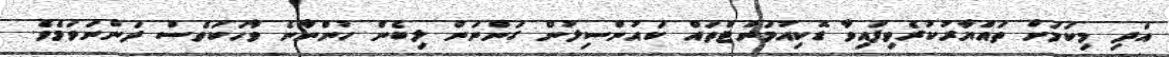
އަދި މިކަމަށް ތައްޔާރުކުރެވިފައިވާ ޑޮކިއުމަންޓްތައް ކައުންސިލުން ގަންނަން ލިބެން ހުންނާނެ ވާހަކަވެސް ދަންނަވަމެވެ.